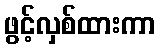
ဖွင့်လှစ်ထားကာ